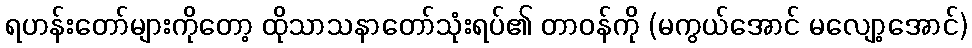
ရဟန်းတော်များကိုတော့ ထိုသာသနာတော်သုံးရပ်၏ တာဝန်ကို (မကွယ်အောင် မလျော့အောင်)